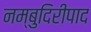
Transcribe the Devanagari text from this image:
नम्बुदिरीपाद